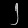
Digit: ၂